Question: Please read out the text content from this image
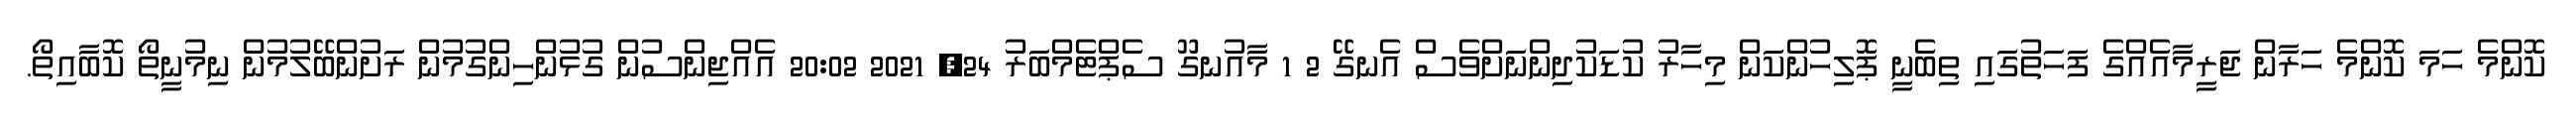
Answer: ކޮންމެ ހަމަ ކޮންމެ ހަރާން ޖަރީމާއެއްގެ ފަހަތުގައި ތިބެނީ ޕޮލިހުންކަން މިހާރު ކުޑަކުދިންނަށްވެސް އެނގޭ 2 1 މާއުނގޫ ސެޕްޓެމްބަރު 24, 2021 20:02 އެއްޖިންސުން ގުޅުންހިންގުމުން ރަށުންބޭލުމުން ނިމުނީތޯ ކޮބާއިތޯ.